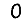
Digit: 0